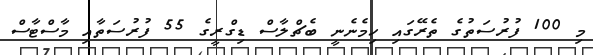
މި 100 ފުރުސަތުގެ ތެރޭގައި ހިމެނެނީ ބެޗްލާސް ޑިގްރީގެ 55 ފުރުސަތާއި މާސްޓާސް